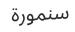
سنمورة